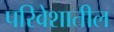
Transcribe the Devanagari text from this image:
परिवेशातील